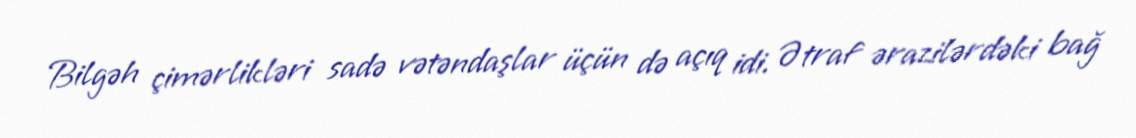
Bilgəh çimərlikləri sadə vətəndaşlar üçün də açıq idi. Ətraf ərazilərdəki bağ